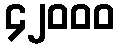
၄၂၀၀၀